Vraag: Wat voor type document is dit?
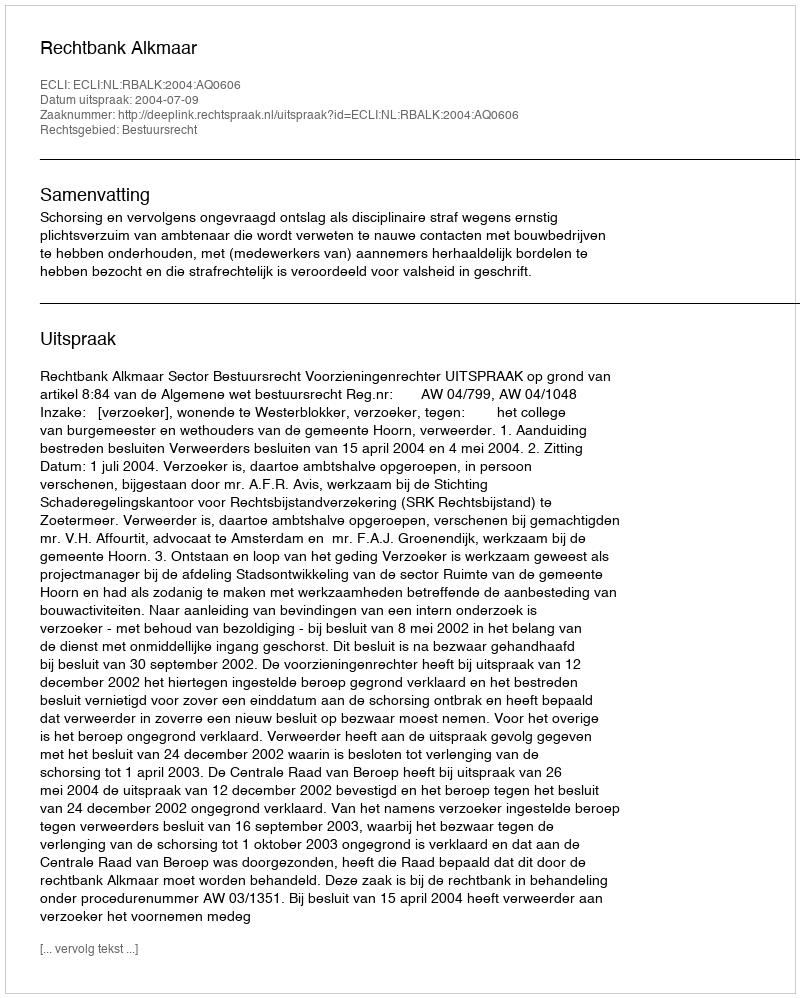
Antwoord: Uitspraak